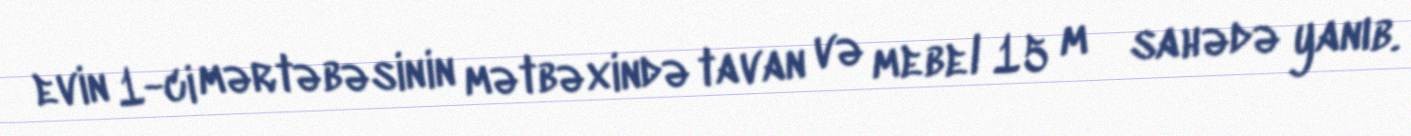
evin 1-ci mərtəbəsinin mətbəxində tavan və mebel 15 m² sahədə yanıb.